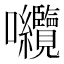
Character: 𭍘